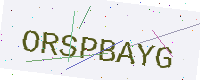
Text: ORSPBAYG